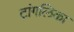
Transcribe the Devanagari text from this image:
टांगलिका